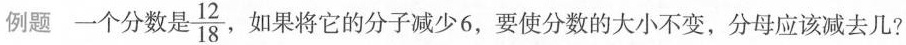
例题一个分数是 $$\frac{12}{18}$$ ， 如果将它的分子减少6，要使分数的大小不变，分母应该减去几?